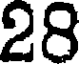
28